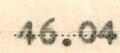
46.04